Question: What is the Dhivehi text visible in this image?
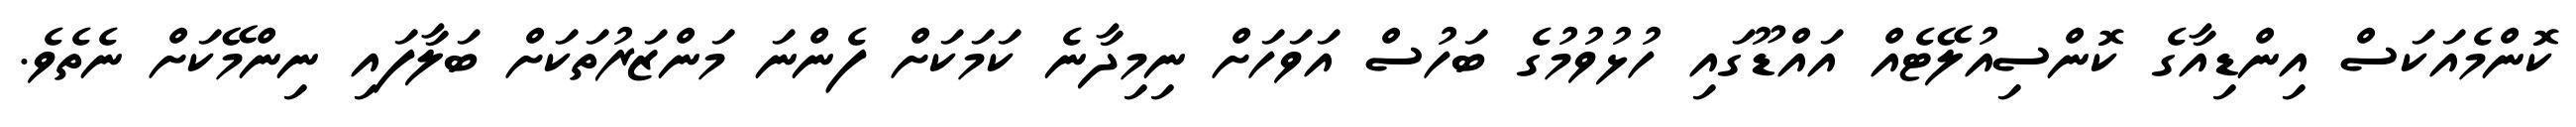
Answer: ކޮންމެއަކަސް އިންޑިއާގެ ކޮންސިއުލޭޓެއް އައްޑޫގައި ހުޅުވުމުގެ ބަހުސް އަވަހަށް ނިމިދާނެ ކަމަކަށް ފެންނަ މަންޒަރުތަކަށް ބަލާފައި ނިންމޭކަށް ނެތެވެ.